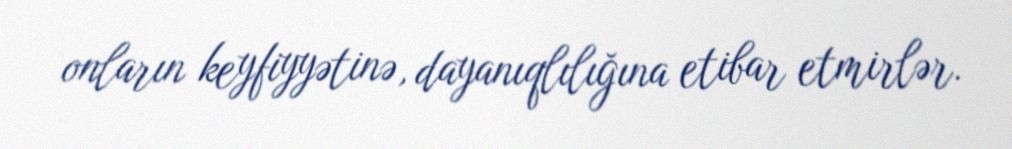
onların keyfiyyətinə, dayanıqlılığına etibar etmirlər.